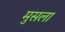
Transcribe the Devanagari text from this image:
मुसला